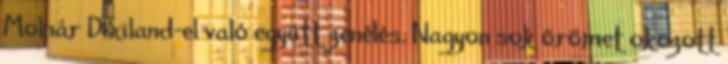
Molnár Dixiland-el való együtt zenélés. Nagyon sok örömet okozott